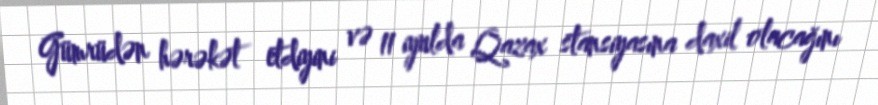
Gümrüdən hərəkət etdiyini və 11 iyulda Qazax stansiyasına daxil olacağını